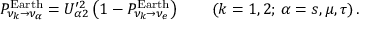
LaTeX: P _ { \nu _ { k } \to \nu _ { \alpha } } ^ { \mathrm { E a r t h } } = U _ { \alpha 2 } ^ { \prime 2 } \left( 1 - P _ { \nu _ { k } \to \nu _ { e } } ^ { \mathrm { E a r t h } } \right) \qquad ( k = 1 , 2 ; \, \alpha = s , \mu , \tau ) \, .